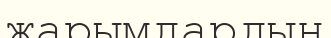
жарымдардың